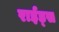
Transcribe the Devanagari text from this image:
राईड्स